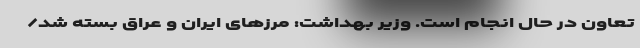
تعاون در حال انجام است. وزیر بهداشت: مرزهای ایران و عراق بسته شد/